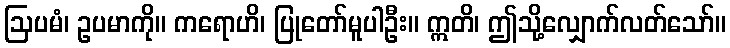
ဩပမံ၊ ဥပမာကို။ ကရောဟိ၊ ပြုတော်မူပါဦး။ ဣတိ၊ ဤသို့လျှောက်လတ်သော်။